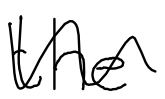
Text: the
Cross-out: mix
Writing tool: digital_black